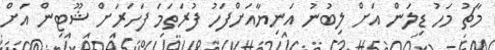
މާޗު މަހު ޑިލަން އަށް ލިބުނު އަނިޔާއަށްފަހު ފުރަތަމަ ފަހަރަށް ޝޫޓިން އަށް